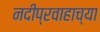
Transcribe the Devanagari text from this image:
नदीप्रवाहाच्या